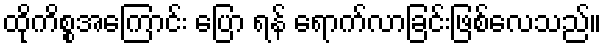
ထိုကိစ္စအကြောင်း ပြော ရန် ရောက်လာခြင်းဖြစ်လေသည်။